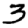
Digit: 3